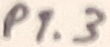
Text: P1.3